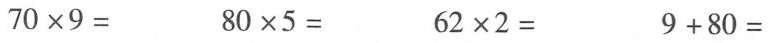
$$7 0 \times 9 =$$ $$8 0 \times 5 =$$ $$6 2 \times 2 =$$ $$9 + 8 0 =$$